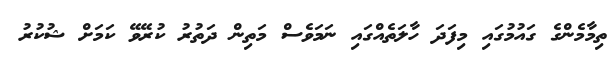
ތިމާމެންގެ ގައުމުގައި މިފަދަ ހާލަތެއްގައި ނަމަވެސް މަތިން ދަތުރު ކުރޭވޭ ކަމަށް ޝުކުރު